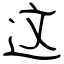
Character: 这